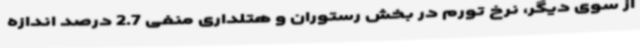
از سوی دیگر، نرخ تورم در بخش رستوران و هتلداری منفی 2.7 درصد اندازه